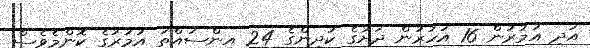
އަދި އުމުރުން 16 އަހަރުން ދަށުގެ ކުދިންގެ 24 އިންސައްތަ އުމުރުގެ ކޮންމެވެސް